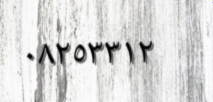
٠٨٢٥٣٣١٢